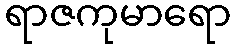
ရာဇကုမာရော